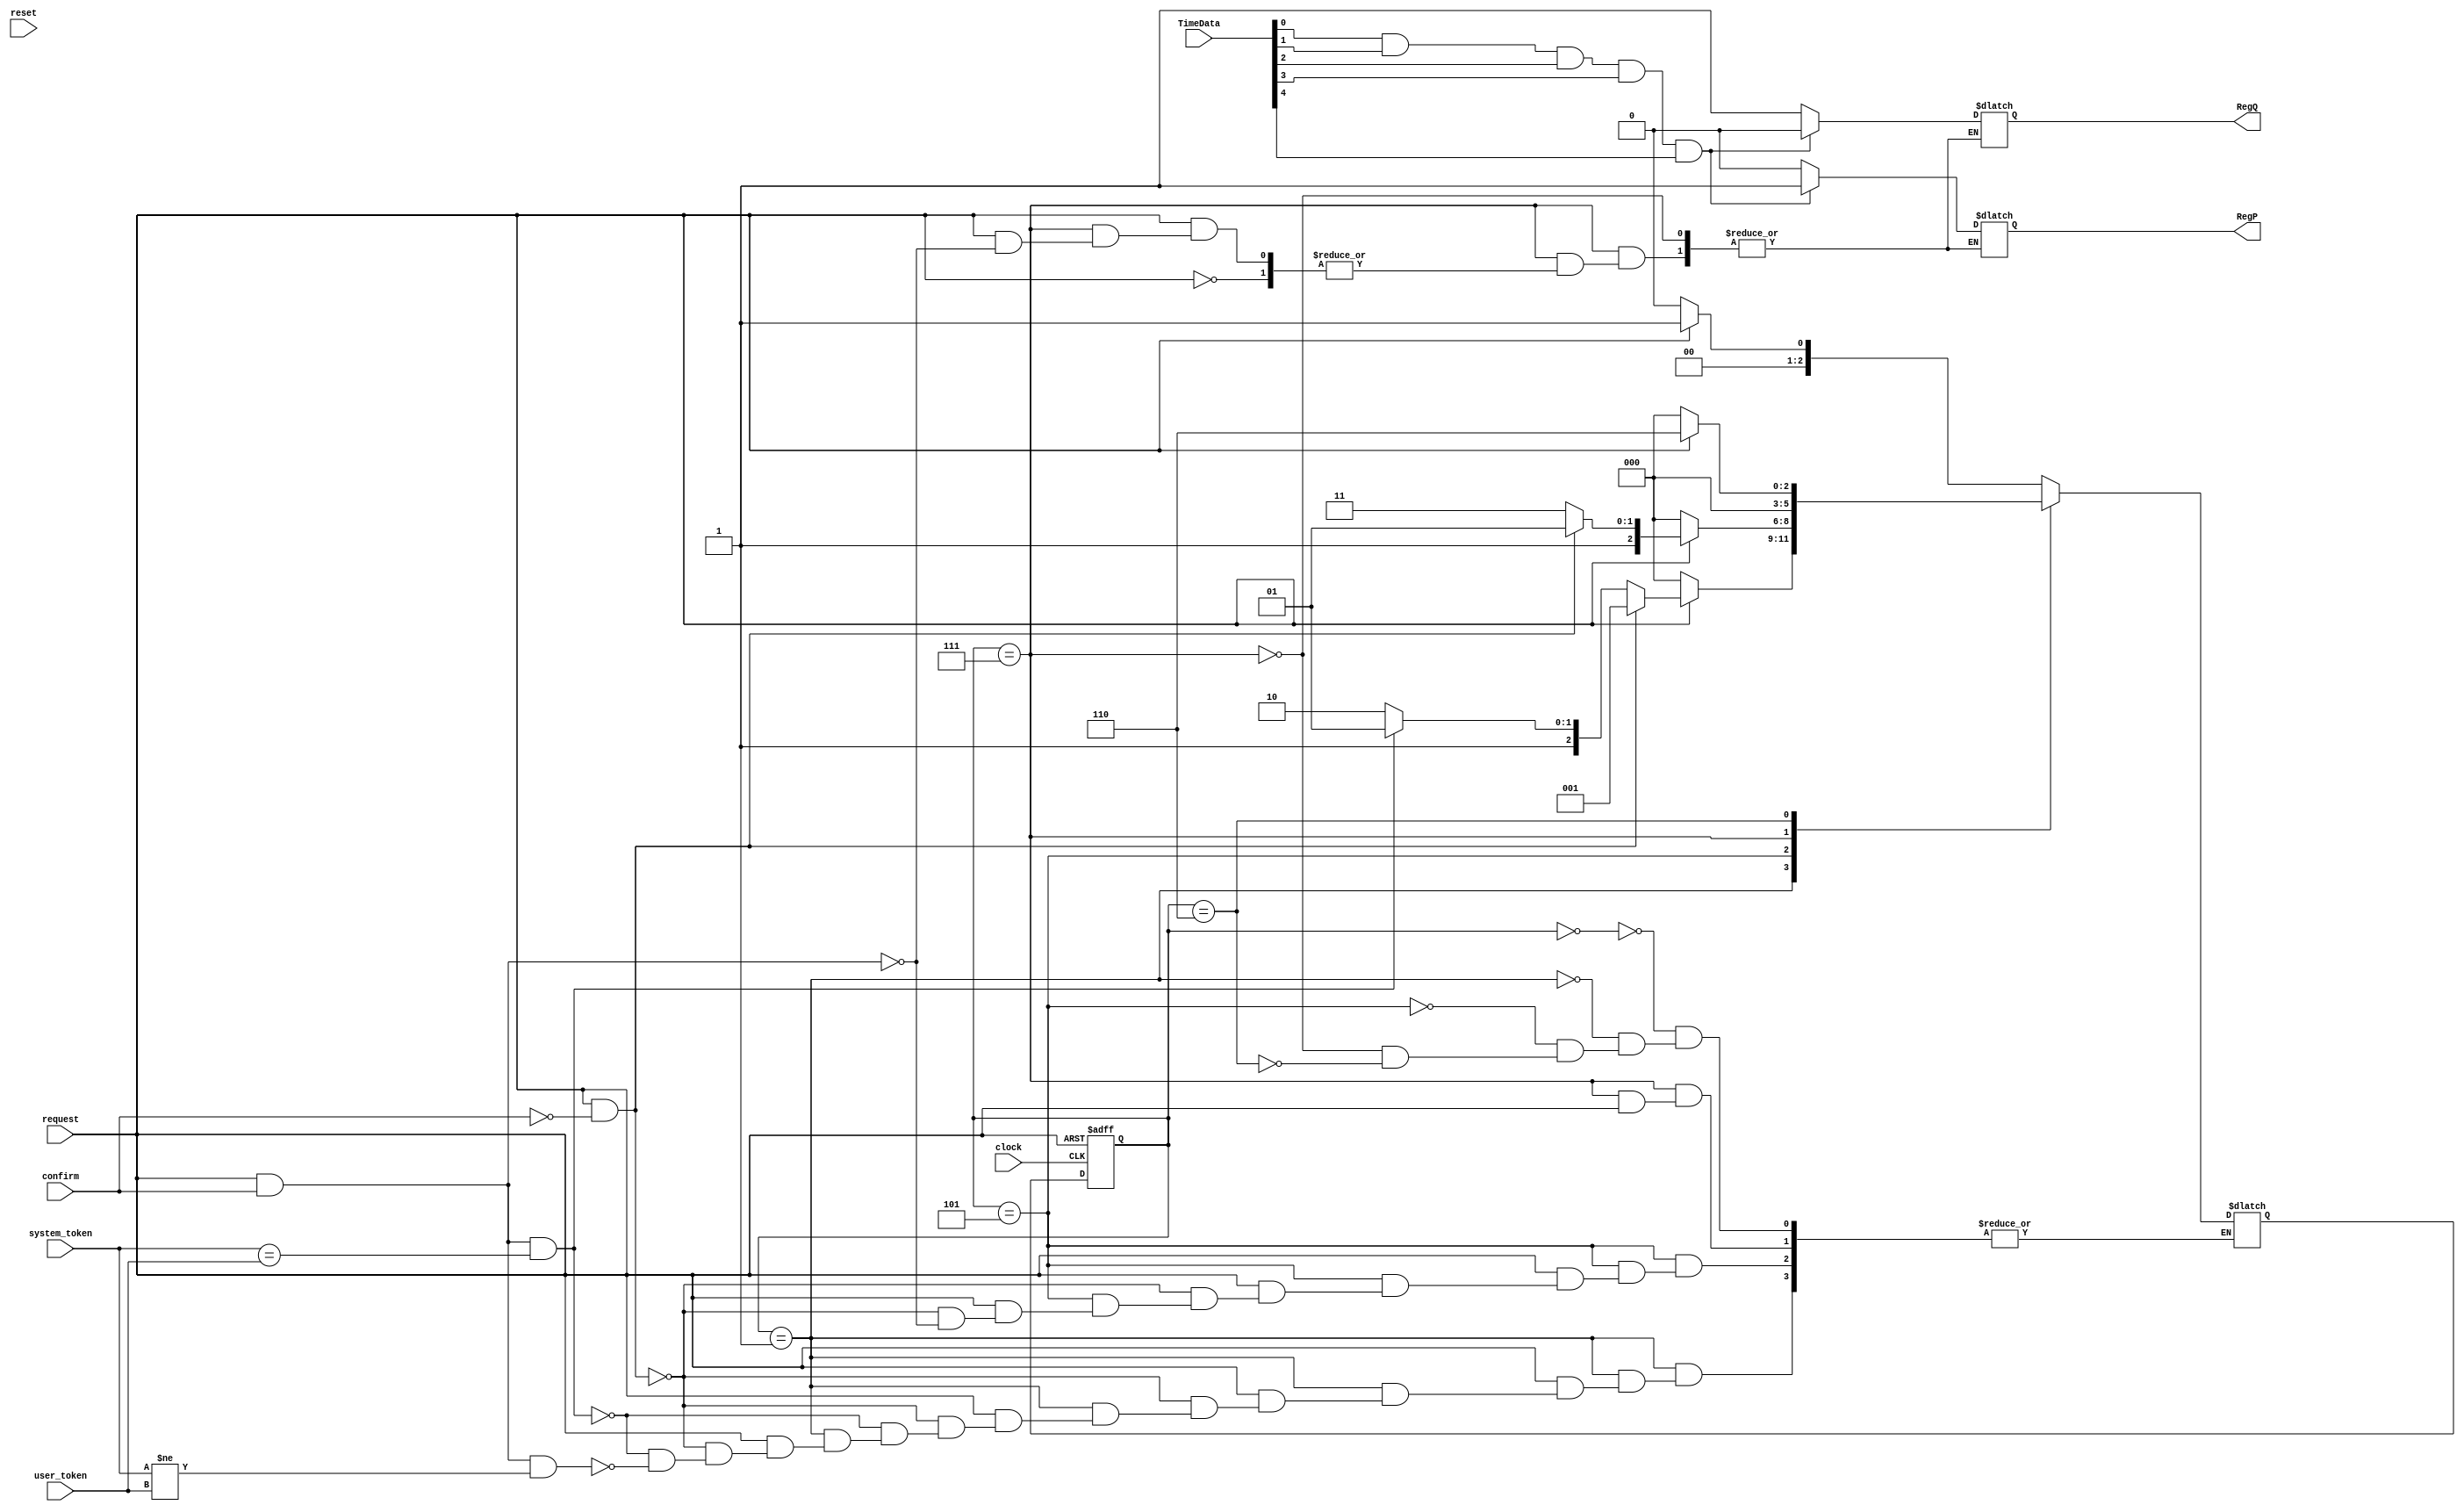
`timescale 1ns / 1ps
//////////////////////////////////////////////////////////////////////////////////
// Company: 
// Engineer: 
// 
// Design Name: 
// Module Name:    FSM 
// Project Name: 
// Target Devices: 
// Tool versions: 
// Description: 
//
// Dependencies: 
//
// Revision: 
// Revision 0.01 - File Created
// Additional Comments: 
//
//////////////////////////////////////////////////////////////////////////////////
module FSM(
	input [2:0] system_token,
   input request,
   input [7:0] TimeData,
   input reset,
   input clock,
   input confirm,
   input [2:0] user_token,
   output reg RegP,
   output reg RegQ
    );
	 
 reg [2:0] Prstate, Nxtstate;
	 
	 parameter S0 = 3'b000, S1 = 3'b001, S2 = 3'b101, S3 = 3'b111, S4 = 3'b110;
	 always @(posedge clock or negedge request)
	   begin
      if (~request) Prstate = S0;
      else Prstate = Nxtstate;
	  end
	  
	  always @ (Prstate or confirm or request or TimeData)
	   case (Prstate)
            S0: if (request) Nxtstate = S1;
                  else Nxtstate = S0;
            S1: if (~request) Nxtstate = S0; 
                else if(request & ~confirm) Nxtstate = S1;
					 else if(request & confirm & system_token == user_token) Nxtstate = S2;
					 else if(request & confirm & system_token != user_token) Nxtstate = S4;
            S2: if (~request)Nxtstate = S0;
                else if(request & ~confirm) Nxtstate = S2;
					 else if(request & confirm) Nxtstate = S3;
			   S3: if(~request) Nxtstate = S0;
				    else if(request & confirm)
					 begin
					  if(TimeData[0] == 1'b1 & TimeData[1] == 1'b1 & TimeData[2] == 1'b1 & TimeData[3] == 1'b1 & TimeData[4] == 1'b1)
					   begin
						 RegP = 1'b1;
						 RegQ = 1'b0;
						end
					 else
					  begin
					   RegQ = 1'b1;
						RegP = 1'b0;
					  end
				   end
				S4: if(~request) Nxtstate = S0;
				    else Nxtstate = S4;
		endcase
		
		

endmodule